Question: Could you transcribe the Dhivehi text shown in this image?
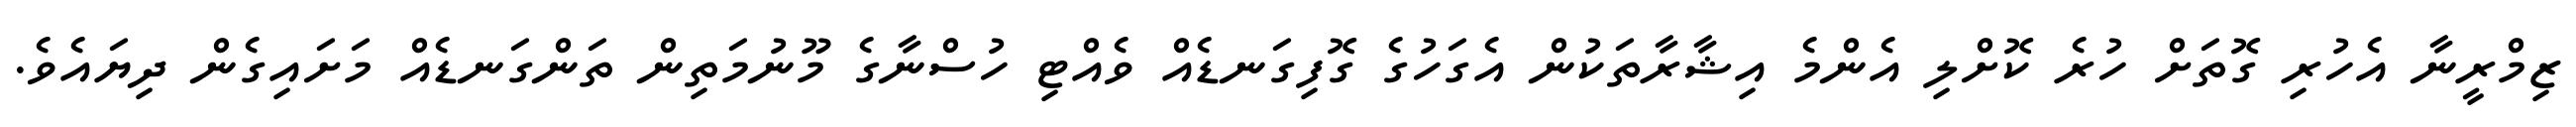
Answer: ޒިމްރީނާ އެހުރި ގޮތަށް ހުރެ ކޮށްލި އެންމެ އިޝާރާތަކުން އެގަހުގެ ގޮފިގަނޑެއް ވެއްޓި ހުސްނާގެ މޫނުމަތިން ތަންގަނޑެއް މަށައިގެން ދިޔައެވެ.